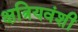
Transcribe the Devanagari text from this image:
क्षत्रियवंशी